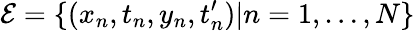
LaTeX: {\cal E}=\{ (x_{n},t_{n},y_{n},t_{n}^{\prime})|n=1,\ldots,N\}